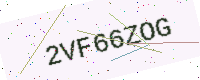
Text: 2VF66ZOG